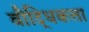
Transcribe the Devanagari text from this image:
बौद्धिकत्ता